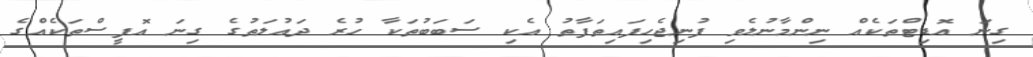
ގިނަ އޮޑިޓްތަކެއް ނިންމާނުލެވި ފުނިޖެހިފައިތަފާތު އެކި ސަބަބުތަކާ ހުރެ ދައުލަތުގެ ގިނަ އޮފީސްތަކެއްގެ